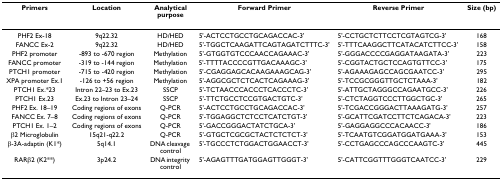
<table><thead><tr><td><b>Primers</b></td><td><b>Location</b></td><td><b>Analytical purpose</b></td><td><b>Forward Primer</b></td><td><b>Reverse Primer</b></td><td><b>Size (bp)</b></td></tr></thead><tbody><tr><td>PHF2 Ex-18</td><td>9q22.32</td><td>HD/HED</td><td>5&#x27;-ACTCCTGCCTGCAGACCAC-3&#x27;</td><td>5&#x27;-CCTGCTCTTCCTCGTAGTCG-3&#x27;</td><td>168</td></tr><tr><td>FANCC Ex-2</td><td>9q22.32</td><td>HD/HED</td><td>5&#x27;-TGGCTCAAGATTCAGTAGATCTTTC-3&#x27;</td><td>5&#x27;-TTTCAAGGCTTCATACATCTTCC-3&#x27;</td><td>158</td></tr><tr><td>PHF2 promoter</td><td>-893 to -670 region</td><td>Methylation</td><td>5&#x27;-GTGGTGTCCCAACCAGAAAC-3&#x27;</td><td>5&#x27;-GGGACCCCGAGGATAAGATA-3&#x27;</td><td>223</td></tr><tr><td>FANCC promoter</td><td>-319 to -144 region</td><td>Methylation</td><td>5&#x27;-TTTTACCCCGTTGACAAAGC-3&#x27;</td><td>5&#x27;-CGGTACTGCTCCAGTGTTCC-3&#x27;</td><td>175</td></tr><tr><td>PTCH1 promoter</td><td>-715 to -420 region</td><td>Methylation</td><td>5&#x27;-CGAGGAGCACAAGAAAGCAG-3&#x27;</td><td>5&#x27;-AGAAAGAGCCAGCGAATCC-3&#x27;</td><td>295</td></tr><tr><td>XPA promoter Ex.1</td><td>-126 to +56 region</td><td>Methylation</td><td>5&#x27;-AGGCGCTCTCACTCAGAAAG-3&#x27;</td><td>5&#x27;-TCCGCGGGTTGCTCTAAA-3&#x27;</td><td>182</td></tr><tr><td>PTCH1 Ex.*23</td><td>Intron 22–23 to Ex.23</td><td>SSCP</td><td>5&#x27;-TCTAACCCACCCTCACCCTC-3&#x27;</td><td>5&#x27;-ATTGCTAGGGCCAGAATGCC-3&#x27;</td><td>226</td></tr><tr><td>PTCH1 Ex.23</td><td>Ex.23 to Intron 23–24</td><td>SSCP</td><td>5&#x27;-TTCTGCCTCCGTGACTGTC-3&#x27;</td><td>5&#x27;-CTCTAGGTCCCTTGGCTGC-3&#x27;</td><td>265</td></tr><tr><td>PHF2 Ex. 18–19</td><td>Coding regions of exons</td><td>Q-PCR</td><td>5&#x27;-ACTCCTGCCTGCAGACCAC-3&#x27;</td><td>5&#x27;-TCGACCGGGACTTAAAGATG-3&#x27;</td><td>257</td></tr><tr><td>FANCC Ex. 7–8</td><td>Coding regions of exons</td><td>Q-PCR</td><td>5&#x27;-TGGAGGCTCTCCTCATCTGT-3&#x27;</td><td>5&#x27;-GCATTCGATCCTTCTCAGACA-3&#x27;</td><td>223</td></tr><tr><td>PTCH1 Ex. 1–2</td><td>Coding regions of exons</td><td>Q-PCR</td><td>5&#x27;-GACCGGGACTATCTGCA-3&#x27;</td><td>5&#x27;-GAGGAGGCCCACAACC-3&#x27;</td><td>186</td></tr><tr><td>β2 Microglobulin</td><td>15q21-q22.2</td><td>Q-PCR</td><td>5&#x27;-GTGCTCGCGCTACTCTCTCT-3&#x27;</td><td>5&#x27;-TCAATGTCGGATGGATGAAA-3&#x27;</td><td>153</td></tr><tr><td>β-3A-adaptin (K1*)</td><td>5q14.1</td><td>DNA cleavage control</td><td>5&#x27;-TGCCCTCTGGACTGGAACCT-3&#x27;</td><td>5&#x27;-CCTGAGCCCAGCCCAAGTC-3&#x27;</td><td>445</td></tr><tr><td>RARβ2 (K2**)</td><td>3p24.2</td><td>DNA integrity control</td><td>5&#x27;-AGAGTTTGATGGAGTTGGGT-3&#x27;</td><td>5&#x27;-CATTCGGTTTGGGTCAATCC-3&#x27;</td><td>229</td></tr></tbody></table>